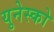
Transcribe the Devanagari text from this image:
युनेस्‍को